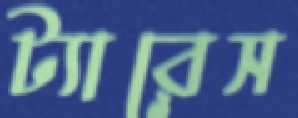
ট্যারেস